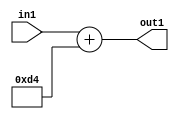
`timescale 1ps / 1ps
/*****************************************************************************
    Verilog RTL Description
    
    
    Created by: Stratus DpOpt 2019.1.01 
*******************************************************************************/

module DC_Filter_Add_12U_35_1 (
	in1,
	out1
	); /* architecture "behavioural" */ 
input [11:0] in1;
output [11:0] out1;
wire [11:0] asc001;

assign asc001 = 
	+(in1)
	+(12'B000011010100);

assign out1 = asc001;
endmodule

/* CADENCE  urnySgs= : u9/ySgnWtBlWxVPRXgAZ4Og= ** DO NOT EDIT THIS LINE ******/